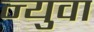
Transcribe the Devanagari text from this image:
न्युवा